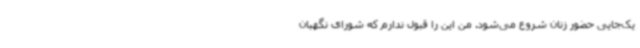
یک‌جایی حضور زنان شروع می‌شود. من این را قبول ندارم که شورای نگهبان